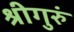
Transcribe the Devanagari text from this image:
श्रीगुरुं